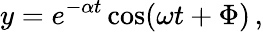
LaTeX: y=e^{-\alpha t}\cos(\omega t+\Phi)\, ,